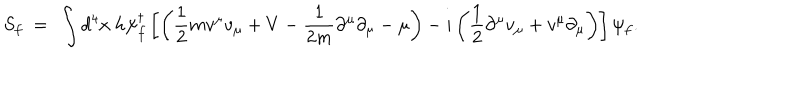
S _ { f } ~ = ~ \int d ^ { 4 } x ~ h \psi _ { f } ^ { \dagger } \left[ \left( \frac { 1 } { 2 } m v ^ { \mu } v _ { \mu } + V - \frac { 1 } { 2 m } \partial ^ { \mu } \partial _ { \mu } - \mu \right) - i \left( \frac { 1 } { 2 } \partial ^ { \mu } v _ { \mu } + v ^ { \mu } \partial _ { \mu } \right) \right] \psi _ { f } .